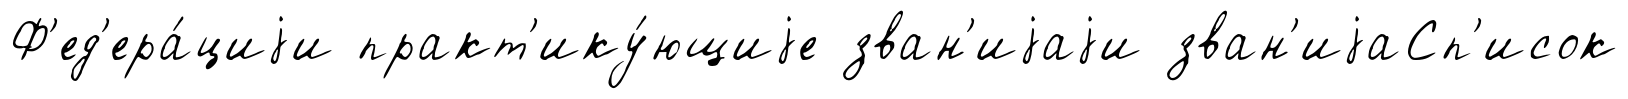
Ф'ед'ера́циjи практ'ику́ющиjе зван'иjаjи зван'иjаСп'исок